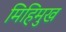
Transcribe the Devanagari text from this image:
मिहिमुख